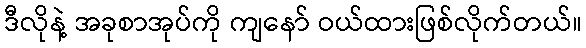
ဒီလိုနဲ့ အခုစာအုပ်ကို ကျနော် ဝယ်ထားဖြစ်လိုက်တယ်။